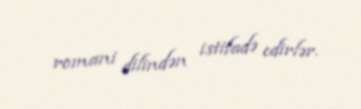
romani dilindən istifadə edirlər.